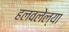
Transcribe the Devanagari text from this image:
हलवलेल्या